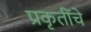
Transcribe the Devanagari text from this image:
प्रकृतींचे